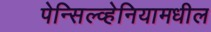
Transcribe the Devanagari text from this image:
पेन्सिल्व्हेनियामधील